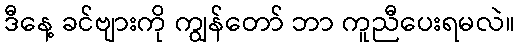
ဒီနေ့ ခင်ဗျားကို ကျွန်တော် ဘာ ကူညီပေးရမလဲ။